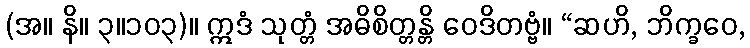
(အ။ နိ။ ၃။၁၀၃)။ ဣဒံ သုတ္တံ အဓိစိတ္တန္တိ ဝေဒိတဗ္ဗံ။ “ဆဟိ, ဘိက္ခဝေ,